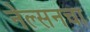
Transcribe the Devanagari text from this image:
नेल्सनचा